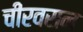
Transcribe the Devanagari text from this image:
चीरवसन